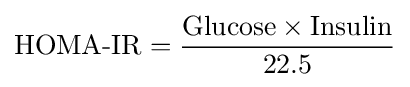
{\text{HOMA-IR}}={\frac {{\text{Glucose}}\times {\text{Insulin}}}{22.5}}